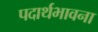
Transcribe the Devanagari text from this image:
पदार्थभावना